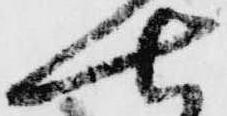
七